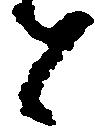
者